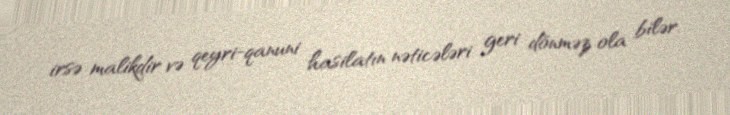
irsə malikdir və qeyri-qanuni hasilatın nəticələri geri dönməz ola bilər.